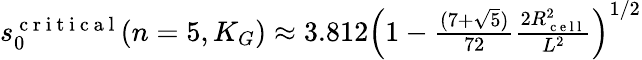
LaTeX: \begin{array}{r}{s_{0}^{\mathrm{~c~r~i~t~i~c~a~l~}}(n=5,K_{G})\approx 3.812\left(1-\frac{(7+\sqrt{5})}{72}\frac{2R_{\mathrm{~c~e~l~l~}}^{2}}{L^{2}}\right)^{1/2}}\end{array}